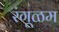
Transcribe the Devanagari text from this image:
रंगूळम